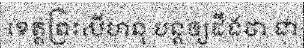
ខេត្តព្រះសីហនុ បន្តឲ្យដឹងថា ជា